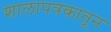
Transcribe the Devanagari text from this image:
शालापत्रकातून